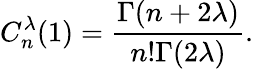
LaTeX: C_{n}^{\lambda}(1)=\frac{\Gamma(n+2\lambda)}{n!\Gamma(2\lambda)}.